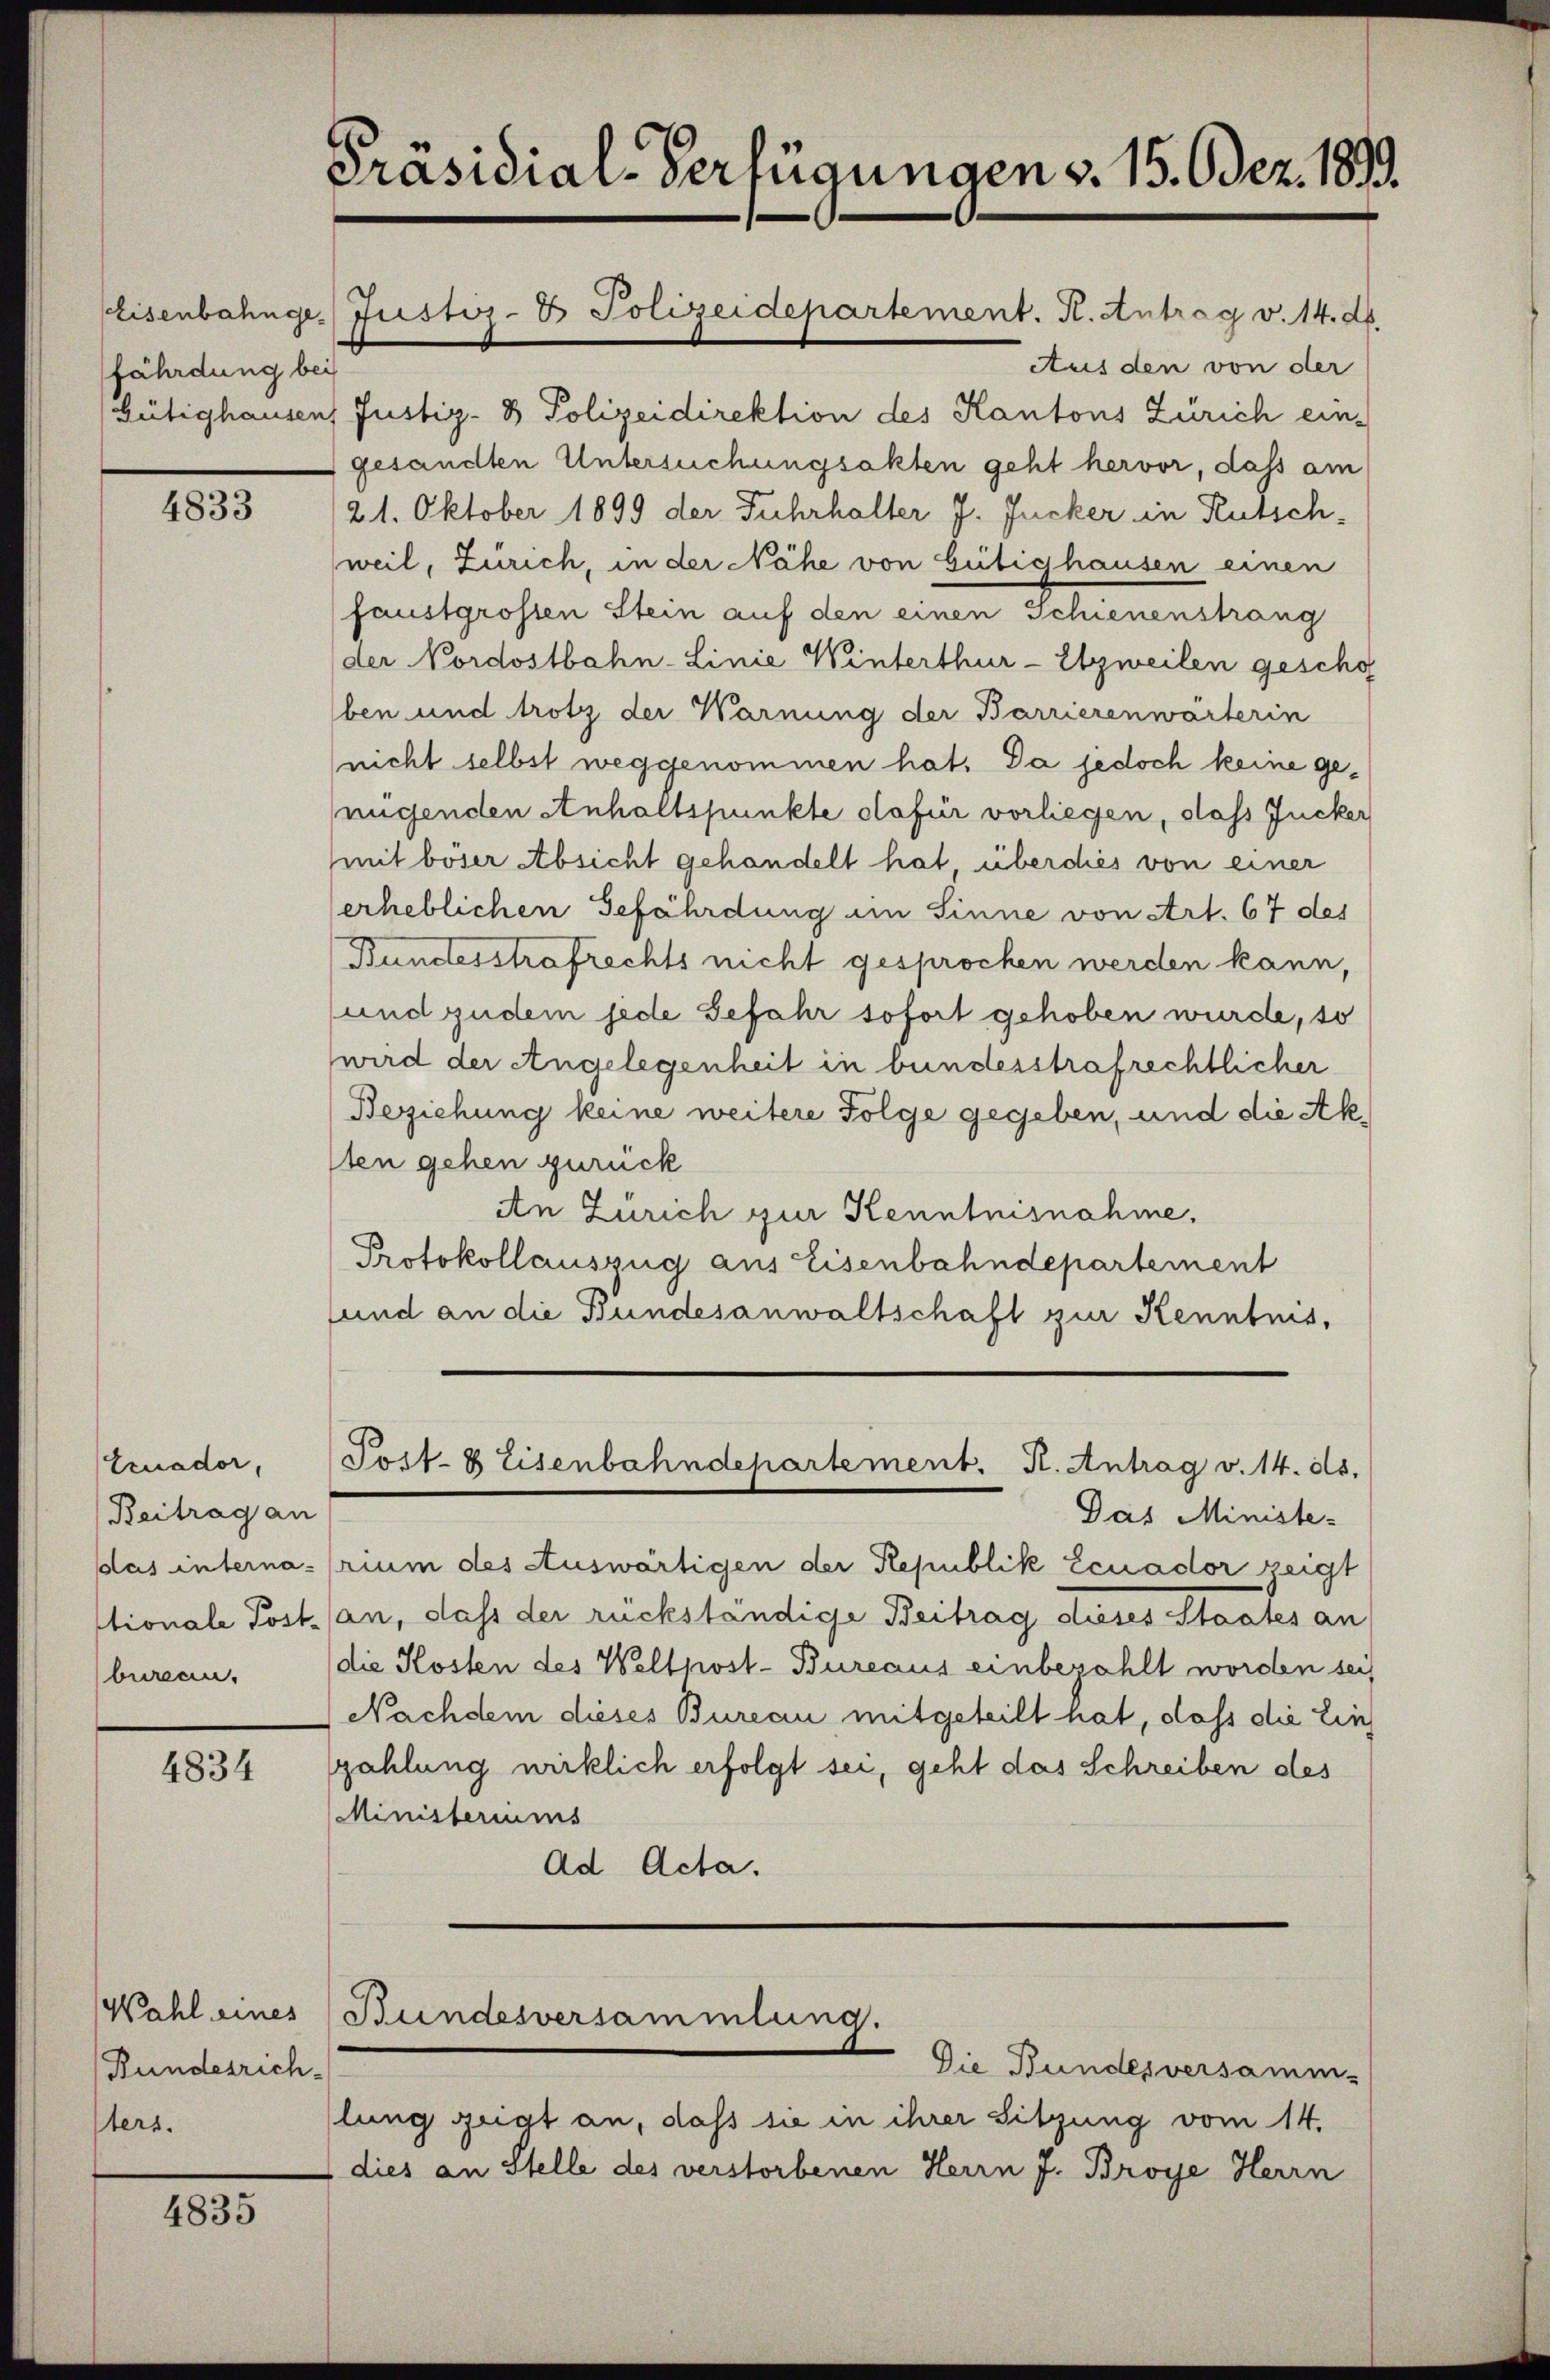
fährdung bei

4833

Ernador,
Beitrag an
das interna.
tionale Post-
bureau.

4834

Rundesrich-
sters.

4835

Präsidial-Verfügungen v. 15. dez. 1873.

Aus den von der
Gütighausen, Justiz- & Polizeidirektion des Kantons Zürich ein-
gesandten Untersuchungsakten geht hervor, dass am
21. Oktober 1899 der Fuhrhalter J. Jucker in Rutschweil, Zürich, in der Nähe von Gütighausen einen
faustgrossen Stein auf den einen Schienenstrang
der Nordostbahn-Linie Winterthur-Etzweilen gescho
ben und trotz der Warnung der Barrierenwärterin
(nicht selbst weggenommen hat. Da jedoch keine genügenden Anhaltspunkte dafür vorliegen, dass Jucker
mit böser Absicht gehandelt hat, überdies von einer
erheblichen Gefährdung im Sinne von Art. 67 des
Bundesstrafrechts nicht gesprochen werden kann,
und zudem jede Gefahr sofort gehoben wurde, so
wird der Angelegenheit in bundesstrafrechtlicher
Beziehung keine weitere Folge gegeben, und die Aksten gehen zurück
An Zürich zur Kenntnisnahme.
Protokollauszug aus Eisenbahndepartement
und an die Bundesanwaltschaft zur Kenntnis,

Das Ministe-
rium des Auswärtigen der Republik Ecuador zeigt
an, daß der rückständige Beitrag dieses Staates an
die Kosten des Weltkost-Bureaus einbezahlt worden sei,
Nachdem dieses Bureau mitgeteilt hat, dass die Eins
szahlung wirklich erfolgt sei, geht das Schreiben des
Ministeriums
Ad Acta.

Eisenbahnge Justiz- & Polizeidepartement. K. Antrag v. 14. d.

Post- & Eisenbahndepartement. K. Antrag v. 14. ds.

Wahl eines Bundesversammlung.

Die Bundesversamm-
lung zeigt an, dass sie in ihrer Sitzung vom 14.
dies an Stelle des verstorbenen Herrn J. Broye Herrn